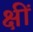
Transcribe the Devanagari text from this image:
क्षीं